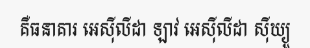
គឺធនាគារ អេស៊ីលីដា ឡាវ អេស៊ីលីដា ស៊ីឃ្យួ